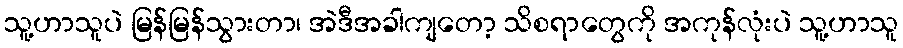
သူ့ဟာသူပဲ မြန်မြန်သွားတာ၊ အဲဒီအခါကျတော့ သိစရာတွေကို အကုန်လုံးပဲ သူ့ဟာသူ